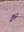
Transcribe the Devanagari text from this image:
इ२